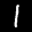
Label: 1